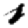
Digit: 1